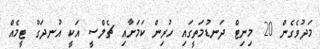
މަދުވެގެން 20 މިނިޓް ދަނޑުމަތީގައި ހުރިން ކަމަށާއި ޗެލްސީ އަކީ އުނދަގޫ ޓީމެއް